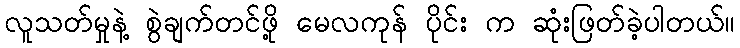
လူသတ်မှုနဲ့ စွဲချက်တင်ဖို့ မေလကုန် ပိုင်း က ဆုံးဖြတ်ခဲ့ပါတယ်။